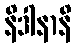
နိဒါနာနိ